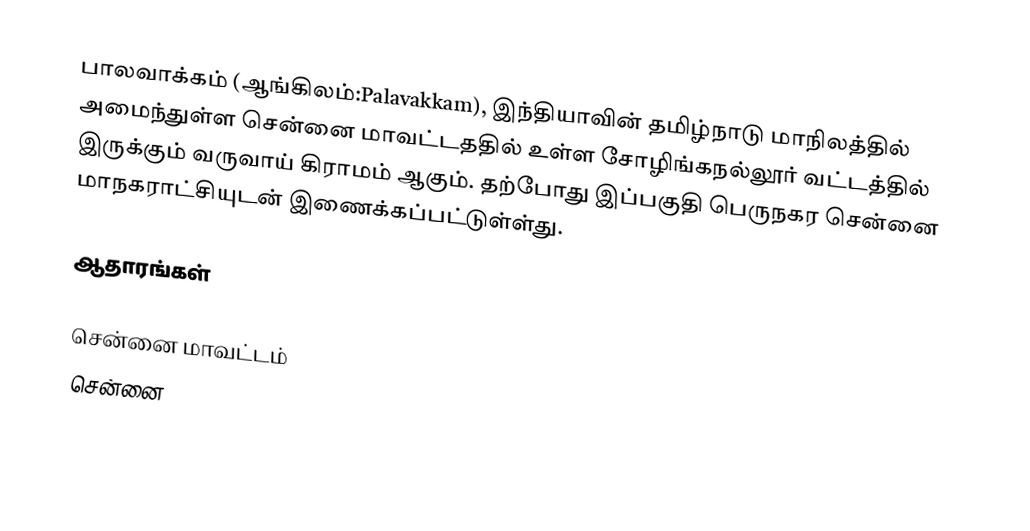
பாலவாக்கம் (ஆங்கிலம்:Palavakkam), இந்தியாவின் தமிழ்நாடு மாநிலத்தில் அமைந்துள்ள சென்னை மாவட்டததில் உள்ள சோழிங்கநல்லூர் வட்டத்தில் இருக்கும் வருவாய் கிராமம் ஆகும். தற்போது இப்பகுதி பெருநகர சென்னை மாநகராட்சியுடன் இணைக்கப்பட்டுள்ள்து.

ஆதாரங்கள்

சென்னை மாவட்டம்
சென்னை